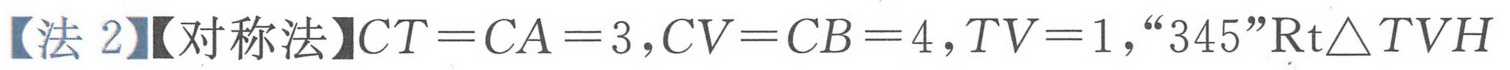
【法 2】【对称法】$CT = CA = 3,CV = CB = 4,TV = 1,$“$345$”$\text{Rt}\triangle TVH$